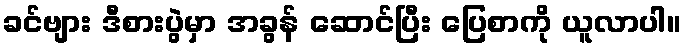
ခင်ဗျား ဒီစားပွဲမှာ အခွန် ဆောင်ပြီး ပြေစာကို ယူလာပါ။